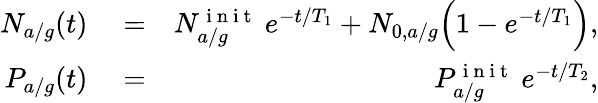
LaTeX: \begin{array}{rlr}{N_{a/g}(t)}&{{}=}&{N_{a/g}^{\mathrm{~i~n~i~t~}}\ e^{-t/T_{1}}+N_{0,a/g}\Big(1-e^{-t/T_{1}}\Big),}\\ {P_{a/g}(t)}&{{}=}&{P_{a/g}^{\mathrm{~i~n~i~t~}}\ e^{-t/T_{2}},}\end{array}